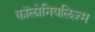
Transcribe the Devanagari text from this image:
कॉलोनियलिज़्म